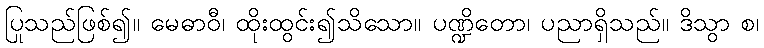
ပြုသည်ဖြစ်၍။ မေဓာဝီ၊ ထိုးထွင်း၍သိသော။ ပဏ္ဍိတော၊ ပညာရှိသည်။ ဒိသွာ စ၊